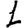
Digit: 1